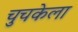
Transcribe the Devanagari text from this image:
चुचकेला